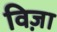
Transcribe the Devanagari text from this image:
विज़ा